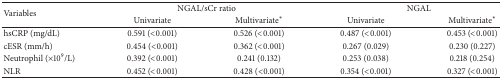
<table><thead><tr><td rowspan="2"><b>Variables</b></td><td colspan="2"><b>NGAL/sCr ratio </b></td><td colspan="2"><b>NGAL</b></td></tr><tr><td><b> Univariate</b></td><td><b>Multivariate<sup><i>∗</i></sup></b></td><td><b> Univariate</b></td><td><b>Multivariate<sup><i>∗</i></sup></b></td></tr></thead><tbody><tr><td>hsCRP (mg/dL)</td><td>0.591 (&lt;0.001)</td><td>0.526 (&lt;0.001)</td><td>0.487 (&lt;0.001)</td><td>0.453 (&lt;0.001)</td></tr><tr><td>cESR (mm/h)</td><td>0.454 (&lt;0.001)</td><td>0.362 (&lt;0.001)</td><td>0.267 (0.029)</td><td>0.230 (0.227)</td></tr><tr><td>Neutrophil (×10<sup>9</sup>/L) </td><td>0.392 (&lt;0.001)</td><td>0.241 (0.132)</td><td>0.253 (0.038)</td><td>0.218 (0.254)</td></tr><tr><td>NLR </td><td>0.452 (&lt;0.001)</td><td>0.428 (&lt;0.001)</td><td>0.354 (&lt;0.001)</td><td>0.327 (&lt;0.001)</td></tr></tbody></table>